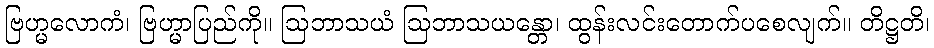
ဗြဟ္မလောကံ၊ ဗြဟ္မာပြည်ကို။ ဩဘာသယံ ဩဘာသယန္တော၊ ထွန်းလင်းတောက်ပစေလျက်။ တိဋ္ဌတိ၊